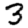
Digit: 3